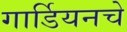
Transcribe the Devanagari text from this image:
गार्डियनचे